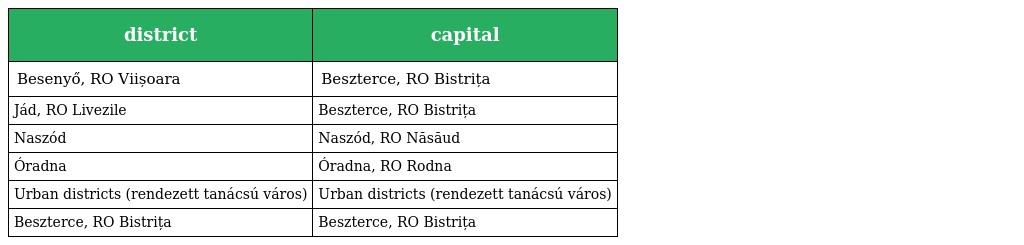
| district | capital |
 | --- | --- |
 | Besenyő, RO Viișoara | Beszterce, RO Bistrița |
 | Jád, RO Livezile | Beszterce, RO Bistrița |
 | Naszód | Naszód, RO Năsăud |
 | Óradna | Óradna, RO Rodna |
 | Urban districts (rendezett tanácsú város) | Urban districts (rendezett tanácsú város) |
 | Beszterce, RO Bistrița | Beszterce, RO Bistrița |